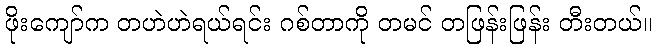
ဖိုးကျော်က တဟဲဟဲရယ်ရင်း ဂစ်တာကို တမင် တဖြန်းဖြန်း တီးတယ်။